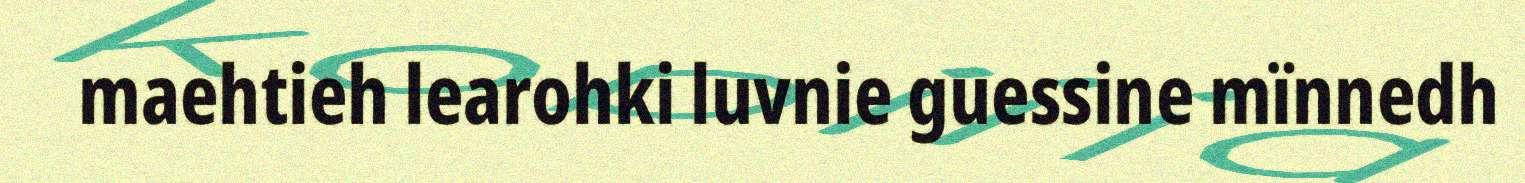
maehtieh learohki luvnie guessine mïnnedh